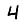
Digit: 4